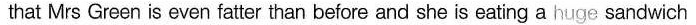
that Mrs Green is even fatter than before and she is eating a huge sandwich